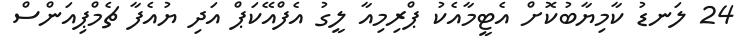
24 ލަނޑު ކާމިޔާބުކޮށް އެޓީމާއެކު ޕްރިމިއާ ލީގު އެފްއޭކަޕް އަދި ޔުއެފާ ޗެމްޕިއަންސް